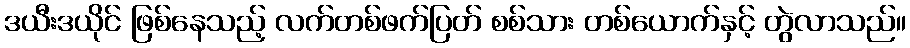
ဒယီးဒယိုင် ဖြစ်နေသည့် လက်တစ်ဖက်ပြတ် စစ်သား တစ်ယောက်နှင့် တွဲလာသည်။